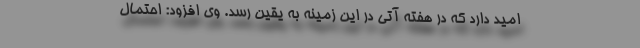
امید دارد که در هفته آتی در این زمینه به یقین رسد. وی افزود: احتمال